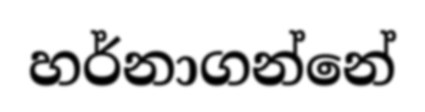
හර්නාගන්නේ